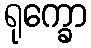
ရုက္ခော